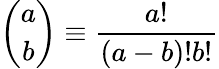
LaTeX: {\binom{a}{b}}\equiv\frac{a!}{(a-b)!b!}